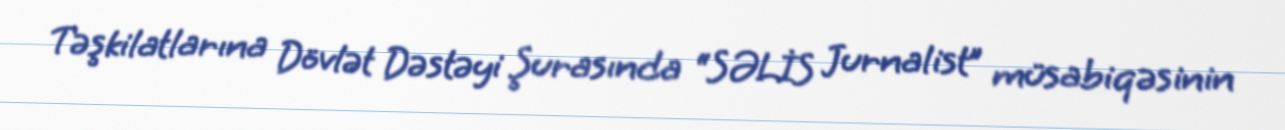
Təşkilatlarına Dövlət Dəstəyi Şurasında “SƏLİS Jurnalist” müsabiqəsinin